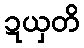
ဍယှတိ